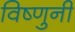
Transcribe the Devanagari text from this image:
विष्णुनी